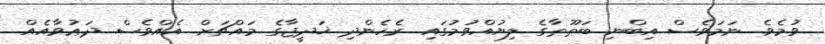
ވުމެވެ. ނަމަވެސް އިބްނި ބަޠޫޠާގެ ލިޔުއްވުމުގައި ރެހެންދި ޚަދީޖާގެ މައްޗަށް އެއްވެސް ދަޢުވާއެއް